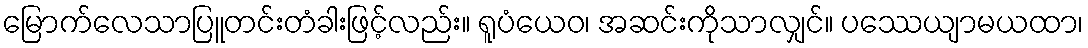
မြောက်လေသာပြူတင်းတံခါးဖြင့်လည်း။ ရူပံယေဝ၊ အဆင်းကိုသာလျှင်။ ပဿေယျာမယထာ၊